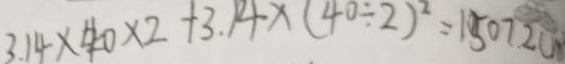
3 . 1 4 \times 4 0 \times 2 + 3 . 1 4 \times ( 4 0 \div 2 ) ^ { 2 } = 1 5 0 7 2 c m